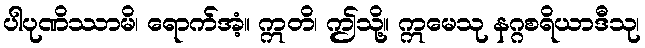
ပါပုဏိဿာမိ၊ ရောက်အံ့။ ဣတိ၊ ဤသို့။ ဣမေသု နဂ္ဂစရိယာဒီသု၊